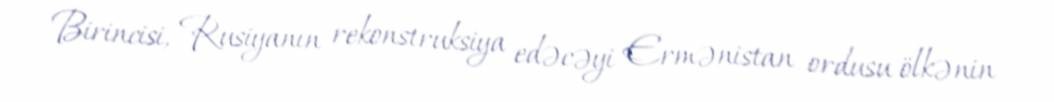
Birincisi, Rusiyanın rekonstruksiya edəcəyi Ermənistan ordusu ölkənin